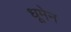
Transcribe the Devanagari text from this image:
धूमेन